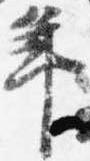
年